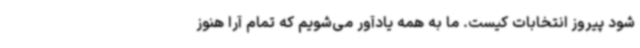
شود پیروز انتخابات کیست. ما به همه یادآور می‌شویم که تمام آرا هنوز